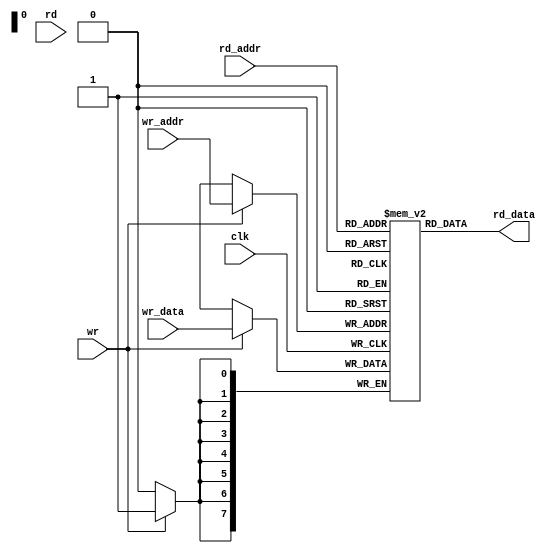
//-----------------------------------------------------
// Design Name : ram_dp_sr_sw
// Function    : Synchronous read write RAM
// Coder       : Deepak Kumar Tala
//-----------------------------------------------------
module dp_ram (
    clk    ,
    wr     ,
    wr_addr,
    wr_data,
    rd     ,
    rd_addr,
    rd_data
); 

parameter DATA_WIDTH = 8 ;
parameter ADDR_WIDTH = 8 ;
parameter RAM_DEPTH = 1 << ADDR_WIDTH;

//--------------Input Ports----------------------- 
//
input clk;
input wr;
input [ADDR_WIDTH-1:0] wr_addr;
input [DATA_WIDTH-1:0] wr_data;
input rd;
input [ADDR_WIDTH-1:0] rd_addr;
output [DATA_WIDTH-1:0] rd_data;


//--------------Internal variables---------------- 
reg [DATA_WIDTH-1:0] mem [0:RAM_DEPTH-1];


//--------------Code Starts Here------------------ 
// Memory Write Block 
always @ (posedge clk) begin
    if (wr) begin
        mem[wr_addr] <= wr_data;
    end
end

// Memory Read Block 
assign rd_data = mem[rd_addr]; 

endmodule